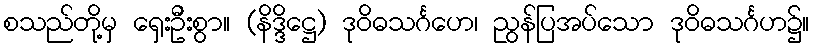
စသည်တို့မှ ရှေးဦးစွာ။ (နိဒ္ဒိဋ္ဌေ) ဒုဝိဓသင်္ဂဟေ၊ ညွန်ပြအပ်သော ဒုဝိဓသင်္ဂဟ၌။